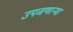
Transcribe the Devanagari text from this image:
उपजणाऱ्या